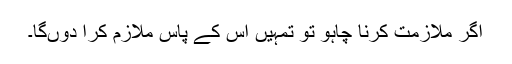
اگر ملازمت کرنا چاہو تو تمہیں اس کے پاس ملازم کرا دوںگا۔